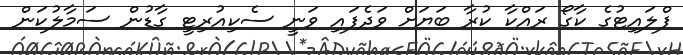
ފްލައިޓުގެ ކާގޯ ރައްކާ ކުރާ ބަޔަށް ވަދެފައި ވަނީ ސެކިއުރިޓީ ގާޑުން ސަމާލުކަން